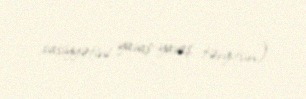
xasiyyətini yavaş-yavaş tərgitsin).